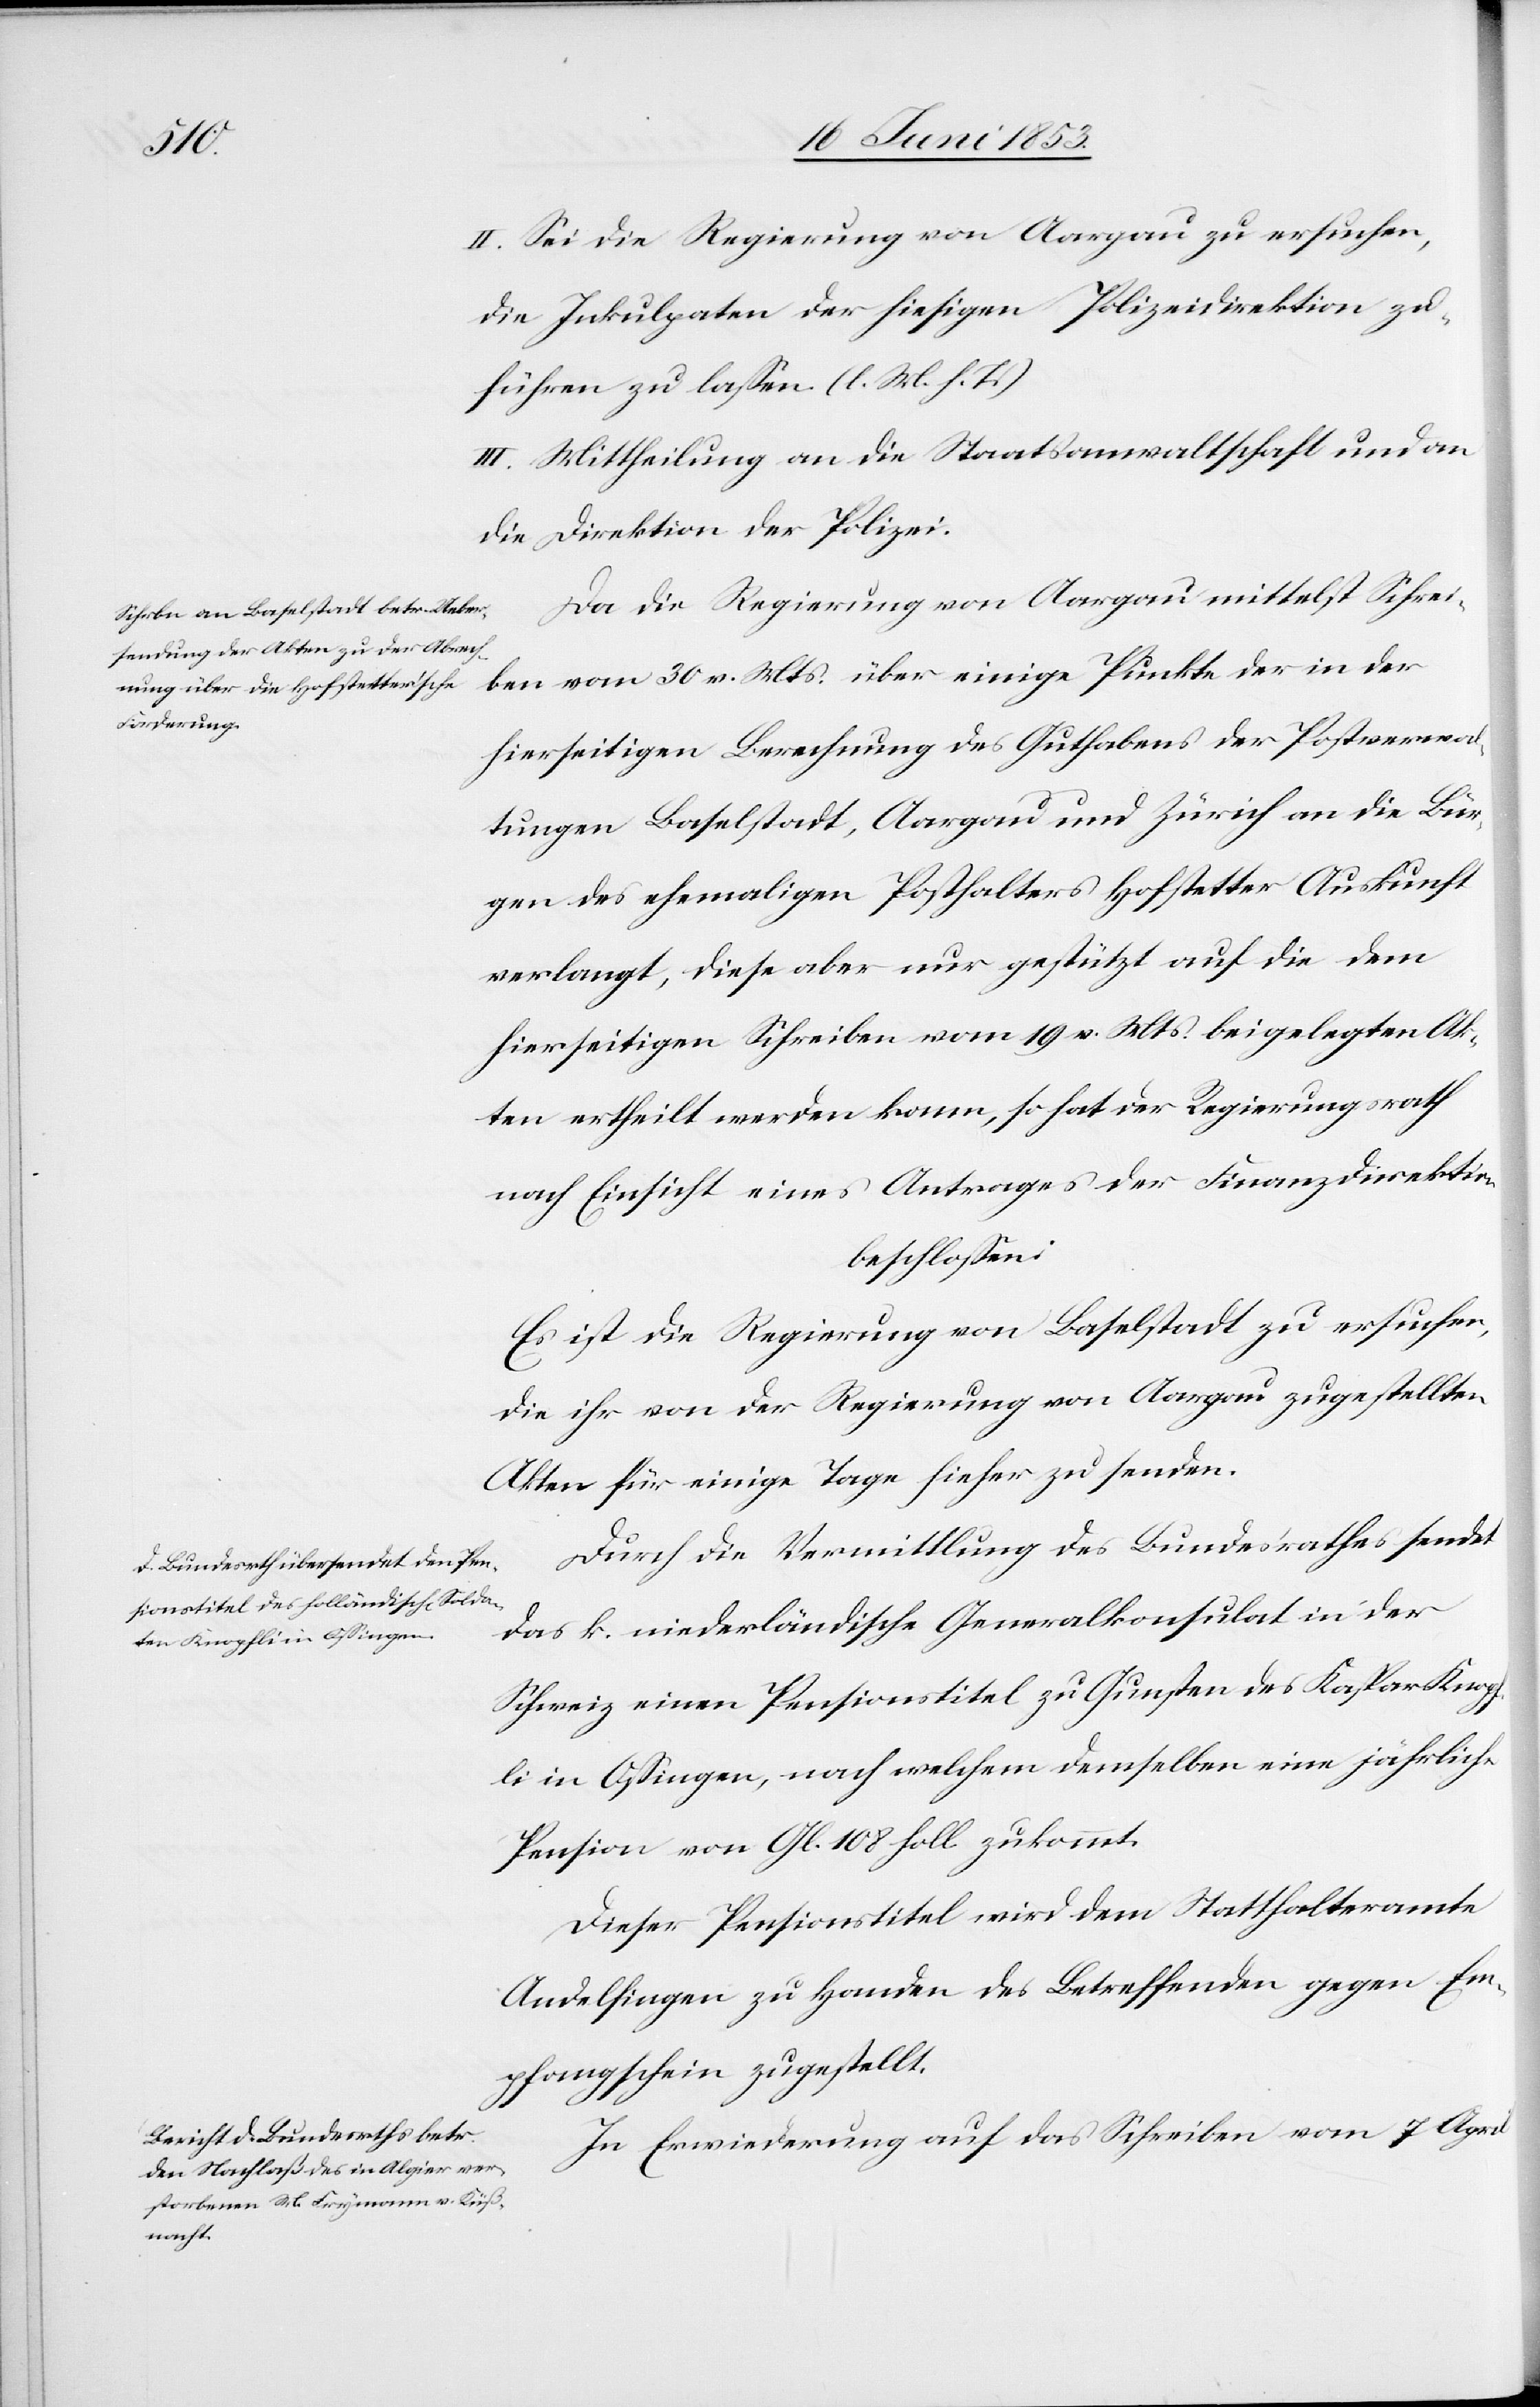
II. Sei die Regierung von Aargau zu ersuchen,
die Inkulpaten der hiesigen Polizeidirektion zu¬
führen zu laßen. [l. M. h. T]
III. Mittheilung an die Staatsanwaltschaft und
die Direktion der Polizei
Da die Regierung von Aargau mittelst Schrei¬
ben vom 30 v. Mts. über einige Punkte der in der
hierseitigen Berechnung des Gutachtens der Postverwal¬
tungen Baselstadt, Aargau und Zürich an die Bür¬
gen des ehmaligen Posthalters Hofstetter Auskunft
verlangt, diese aber nur gestützt auf die dem
hierseitigen Schreiben vom 19 v. Mts. beigelegten Ak¬
ten ertheilt werden kann, so hat der Regierungsrath
nach Einsicht eines Antrages der Finanzdirektion
beschloßen:
Es ist die Regierung von Baselstadt zu ersuchen,
die ihr von der Regierung von Aargau zugestellten
Akten für einige Tage hieher zu senden.
Durch die Vermittlung des Bundesrathes sendet
das k. niederländische Generalkonsulat in der
Schweiz einen Pensionstitel zu Gunsten des Kaspar Knopf¬
li in Oßingen, nach welchem demselben eine jährliche
Pension von Gl. 108 holl. zukommt.
Dieser Pensionstitel wird dem Statthalteramte
Andelfingen zu Handen des Betreffenden gegen Em¬
pfangsschein zugestellt.
In Erwiederung auf das Schreiben vom 7 April